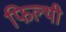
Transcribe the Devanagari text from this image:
फिल्थी